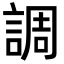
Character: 調